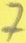
Text: 7